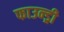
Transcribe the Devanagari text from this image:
फाउन्ड्री